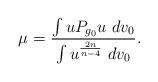
LaTeX: \begin{align*} \mu = \frac{ \int u P_{g_0} u\ dv_0 }{\int u^{\frac{2n}{n-4}}\ dv_0 }.\end{align*}